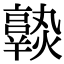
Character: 𤒆